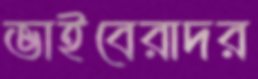
ভাইবেরাদর